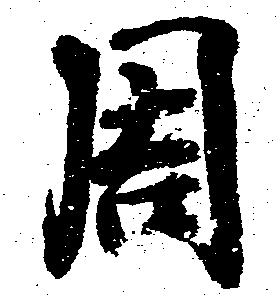
周